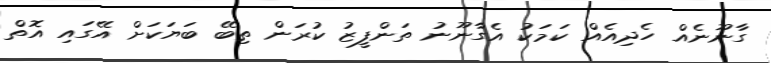
ގާނޫނެއް ހެދިއެއް ކަމަކު އެގާނޫނު ތަންފީޒު ކުރަން ތިބޭ ބަޔަކަށް އޭގައި އޮތް